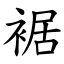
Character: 裾